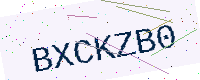
Text: BXCKZB0